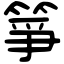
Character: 箏